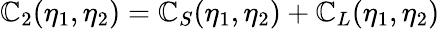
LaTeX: \mathbb{C}_{2}(\eta_{1},\eta_{2})=\mathbb{C}_{S}(\eta_{1},\eta_{2})+\mathbb{C}_{L}(\eta_{1},\eta_{2})